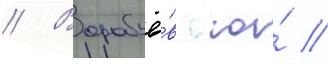
// Воробьё́в ю́ //